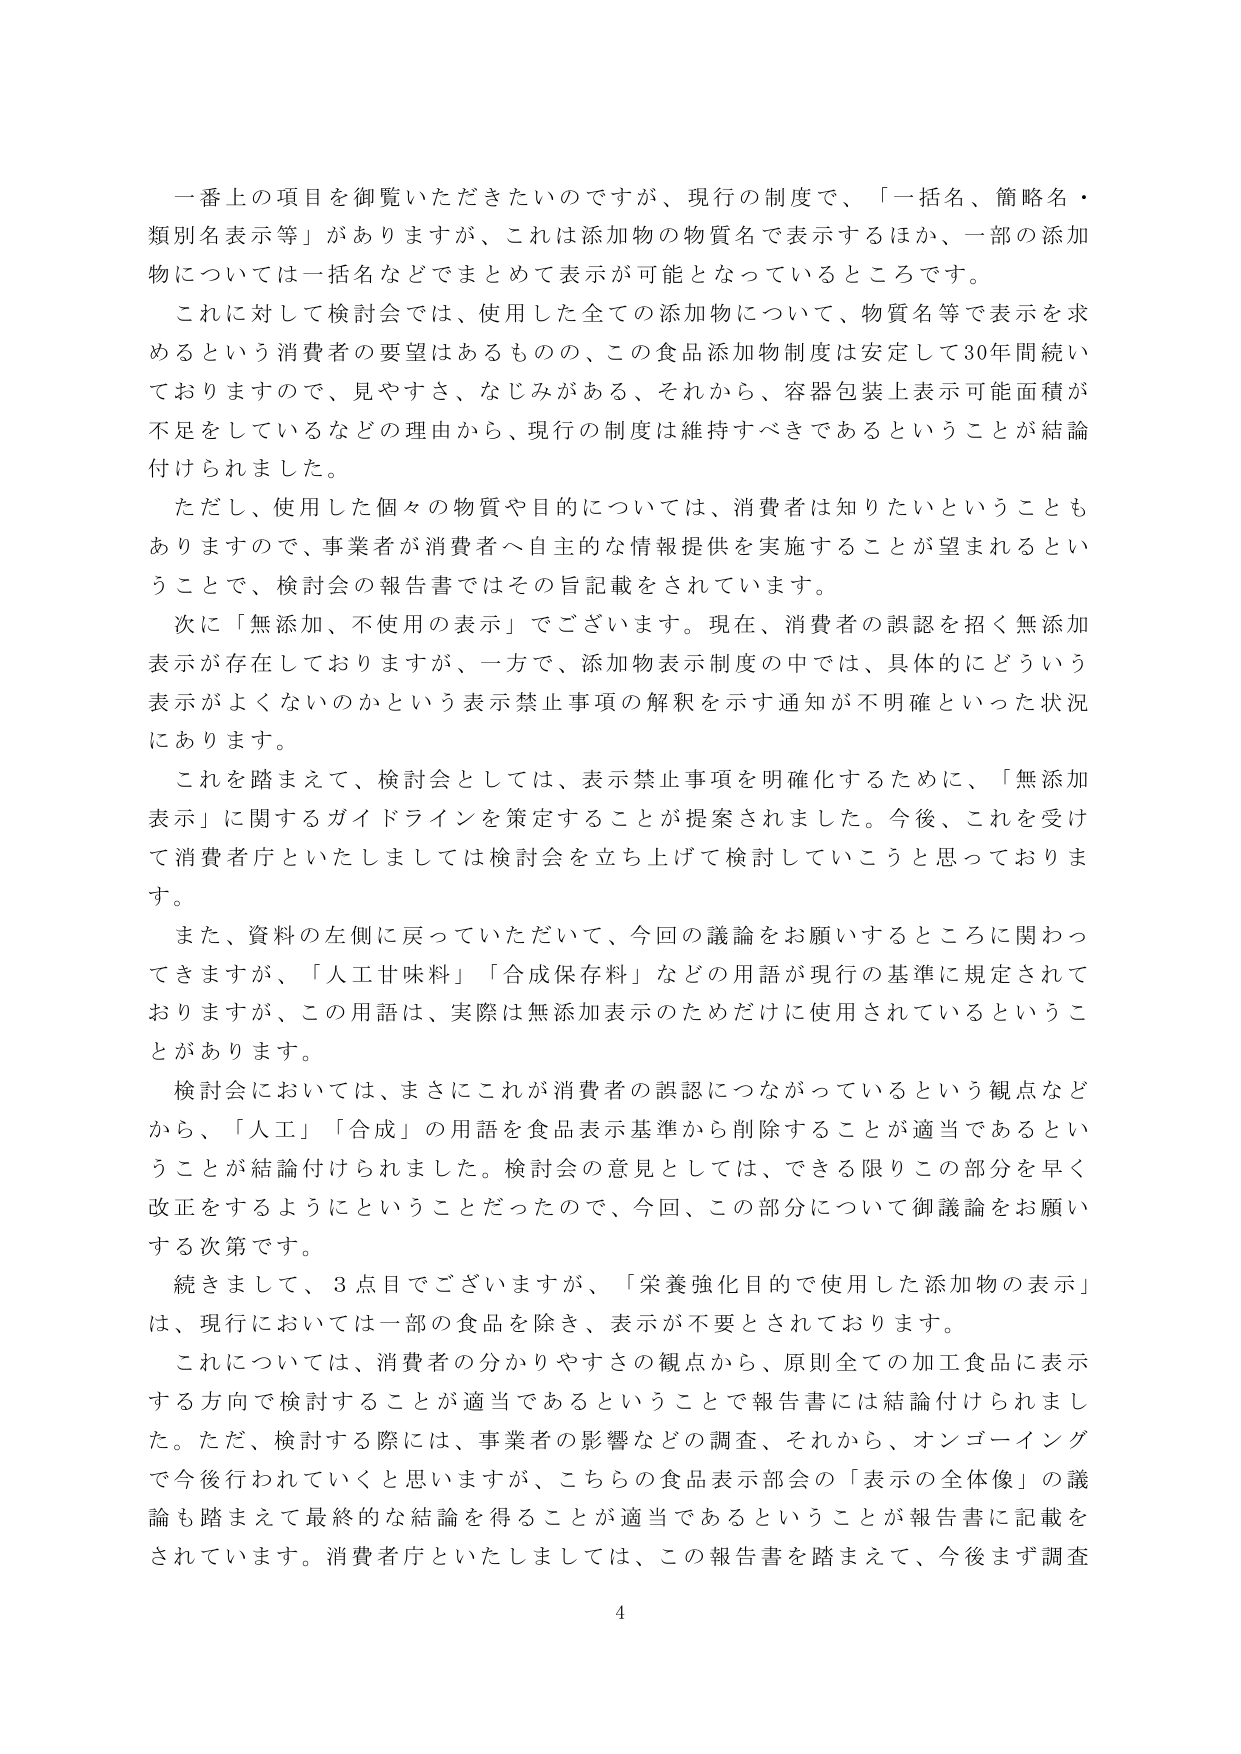
一番上の項目を御覧いただきたいのですが、現行の制度で、「一括名、簡略名・類別名表示等」がありますが、これは添加物の物質名で表示するほか、一部の添加物については一括名などでまとめて表示が可能となっているところです。

これに対して検討会では、使用した全ての添加物について、物質名等で表示を求めるという消費者の要望はあるものの、この食品添加物制度は安定して30年間続いておりますので、見やすさ、なじみがある、それから、容器包装上表示可能面積が不足をしているなどの理由から、現行の制度は維持すべきであるということが結論付けられました。

ただし、使用した個々の物質や目的については、消費者は知りたいということもありますので、事業者が消費者へ自主的な情報提供を実施することが望まれるということで、検討会の報告書ではその旨記載をされています。

次に「無添加、不使用の表示」でございます。現在、消費者の誤認を招く無添加表示が存在しておりますが、一方で、添加物表示制度の中では、具体的にどういう表示がよくないのかという表示禁止事項の解釈を示す通知が不明確といった状況にあります。

これを踏まえて、検討会としては、表示禁止事項を明確化するために、「無添加表示」に関するガイドラインを策定することが提案されました。今後、これを受けて消費者庁といたしましては検討会を立ち上げて検討していこうと思っております。

また、資料の左側に戻っていただいて、今回の議論をお願いするところに関わってきますが、「人工甘味料」「合成保存料」などの用語が現行の基準に規定されておりますが、この用語は、実際は無添加表示のためだけに使用されているということがあります。

検討会においては、まさにこれが消費者の誤認につながっているという観点などから、「人工」「合成」の用語を食品表示基準から削除することが適当であるということが結論付けられました。検討会の意見としては、できる限りこの部分を早く改正をするようにということだったので、今回、この部分について御議論をお願いする次第です。

続きまして、3点目でございますが、「栄養強化目的で使用した添加物の表示」は、現行においては一部の食品を除き、表示が不要とされております。

これについては、消費者の分かりやすさの観点から、原則全ての加工食品に表示する方向で検討することが適当であるということで報告書には結論付けられました。ただ、検討する際には、事業者の影響などの調査、それから、オンゴーイングで今後行われていくと思いますが、こちらの食品表示部会の「表示の全体像」の議論も踏まえて最終的な結論を得ることが適当であるということが報告書に記載をされています。消費者庁といたしましては、この報告書を踏まえて、今後まず調査

4